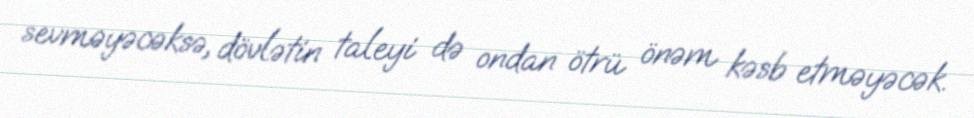
sevməyəcəksə, dövlətin taleyi də ondan ötrü önəm kəsb etməyəcək.